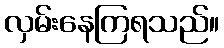
လှမ်းနေကြရသည်။